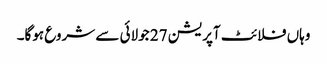
وہاں فلائٹ آپریشن 27 جولائی سے شروع ہوگا۔